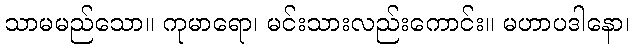
သာမမည်သော။ ကုမာရော၊ မင်းသားလည်းကောင်း။ မဟာပဒါနော၊